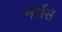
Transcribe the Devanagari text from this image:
नर्सस